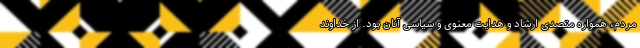
مردم، همواره متصدی ارشاد و هدایت معنوی و سیاسی آنان بود. از خداوند